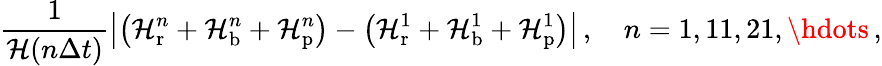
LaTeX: \frac{1}{\mathcal H(n\Delta t)}\left|\left(\mathcal H_{\mathrm{r}}^{n}+\mathcal H_{\mathrm{b}}^{n}+\mathcal H_{\mathrm{p}}^{n}\right)-\left(\mathcal H_{\mathrm{r}}^{1}+\mathcal H_{\mathrm{b}}^{1}+\mathcal H_{\mathrm{p}}^{1}\right)\right|\, ,\quad n=1,11,21,\hdots\, ,